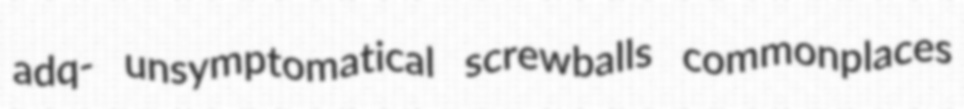
adq- unsymptomatical screwballs commonplaces